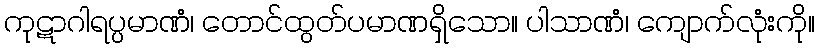
ကုဋာဂါရပ္ပမာဏံ၊ တောင်ထွတ်ပမာဏရှိသော။ ပါသာဏံ၊ ကျောက်လုံးကို။